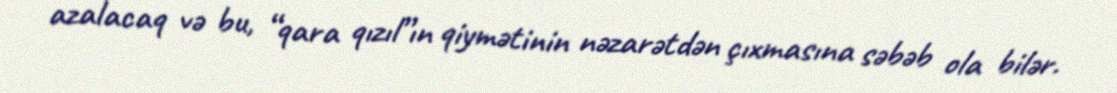
azalacaq və bu, “qara qızıl”ın qiymətinin nəzarətdən çıxmasına səbəb ola bilər.